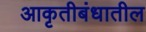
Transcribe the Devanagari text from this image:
आकृतीबंधातील